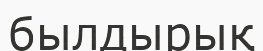
былдырық